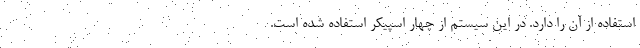
استفاده از آن را دارد. در این سیستم از چهار اسپیکر استفاده شده است.